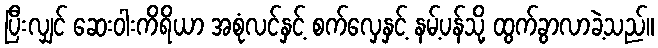
ပြီးလျှင် ဆေးဝါးကိရိယာ အစုံလင်နှင့် စက်လှေနှင့် နမ့်ပန်သို့ ထွက်ခွာလာခဲ့သည်။